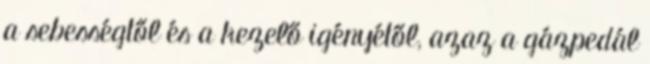
a sebességtől és a kezelő igényétől, azaz a gázpedál